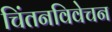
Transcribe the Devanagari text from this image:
चिंतनविवेचन